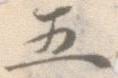
五